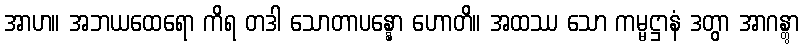
အာဟ။ အဘယထေရော ကိရ တဒါ သောတာပန္နော ဟောတိ။ အထဿ သော ကမ္မဋ္ဌာနံ ဒတွာ အာဂန္တွာ